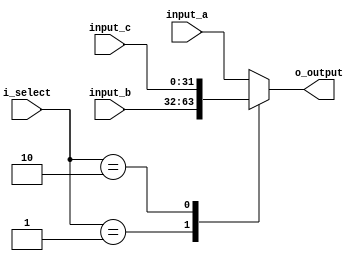
/**

**/

module mpx_3to1
    #(
        // Parameters
        parameter N     =   32
    )
    (   
        // Input 
        input wire [N-1 : 0]    input_a,        // Input 1
        input wire [N-1 : 0]    input_b,        // Input 2
        input wire [N-1 : 0]    input_c,        // Input 3
        input wire [1 : 0]      i_select,       // Control Line
        // Output
        output wire [N-1 : 0]   o_output        // Output Line 
    );

    // Parameters
    localparam A = 2'b00;
    localparam B = 2'b01;
    localparam C = 2'b10;

    reg [N-1 : 0] mpx_out;
    assign o_output = mpx_out;

    always @(*) 
    begin
        case(i_select)
            A:          mpx_out = input_a;
            B:          mpx_out = input_b;
            C:          mpx_out = input_c;
            default:    mpx_out = input_a;
        endcase
    end

endmodule